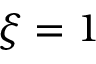
\xi = 1